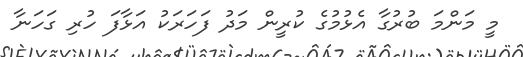
މީ މަންމަ ބުރުގާ އެޅުމުގެ ކުރީން މަދު ފަހަރަކު އަޅާފަ ހުރި ގަހަނާ